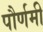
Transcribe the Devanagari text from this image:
पौर्णमी